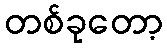
တစ်ခုတော့